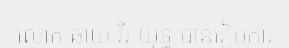
លោក ឆាយ វីរៈយុទ្ធ បានរៀបការ